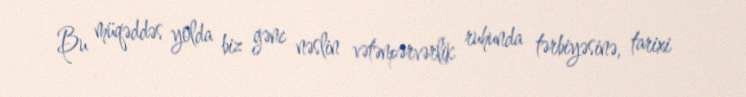
Bu müqəddəs yolda biz gənc nəslin vətənpərvərlik ruhunda tərbiyəsinə, tarixi